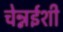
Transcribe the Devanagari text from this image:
चेन्नईशी